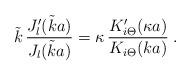
LaTeX: \begin{align*}\tilde k \,\frac{J_l'(\tilde k a)}{J_l(\tilde k a)}= \kappa \,\frac{K_{i\Theta}'(\kappa a)}{K_{i \Theta} (k a)}\; .\end{align*}